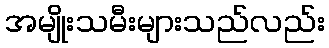
အမျိုးသမီးများသည်လည်း